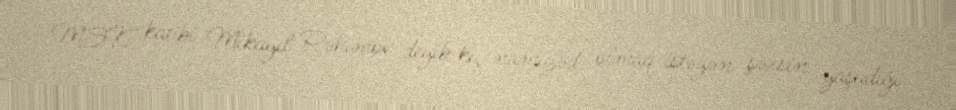
MSK katibi Mikayıl Rəhimov deyib ki, namizəd olmaq istəyən şəxsin yaşadığı